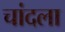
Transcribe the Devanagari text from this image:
चांदला